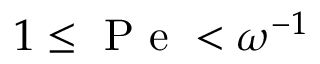
1 \leq \mathrm { ~ P ~ e ~ } < \omega ^ { - 1 }